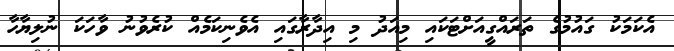
އެކަމަކު ގައުމުގެ ތަރައްގީއަށްޓަކައި މިއަދު މި އިދާރާގައި އެވެނިކަމެއް ކުރެވުނު ވާހަކަ ނުލިޔާހާ